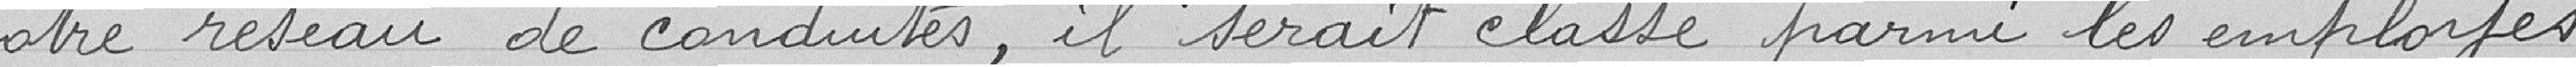
notre réseau de conduites, il serait classé parmi les employés